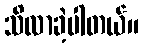
သိလာခဲ့ပါတယ်။